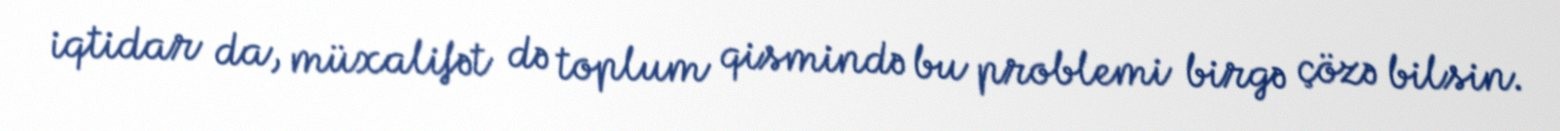
iqtidar da, müxalifət də toplum qismində bu problemi birgə çözə bilsin.